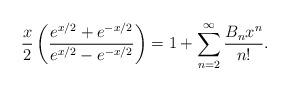
LaTeX: \begin{align*} \frac{x}{2}\left(\frac{e^{x/2}+e^{-x/2}}{e^{x/2}-e^{-x/2}}\right)=1+\sum^\infty_{n=2}\frac{B_n x^n}{n!}.\end{align*}